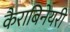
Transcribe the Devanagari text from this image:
कैराबिनेयरी